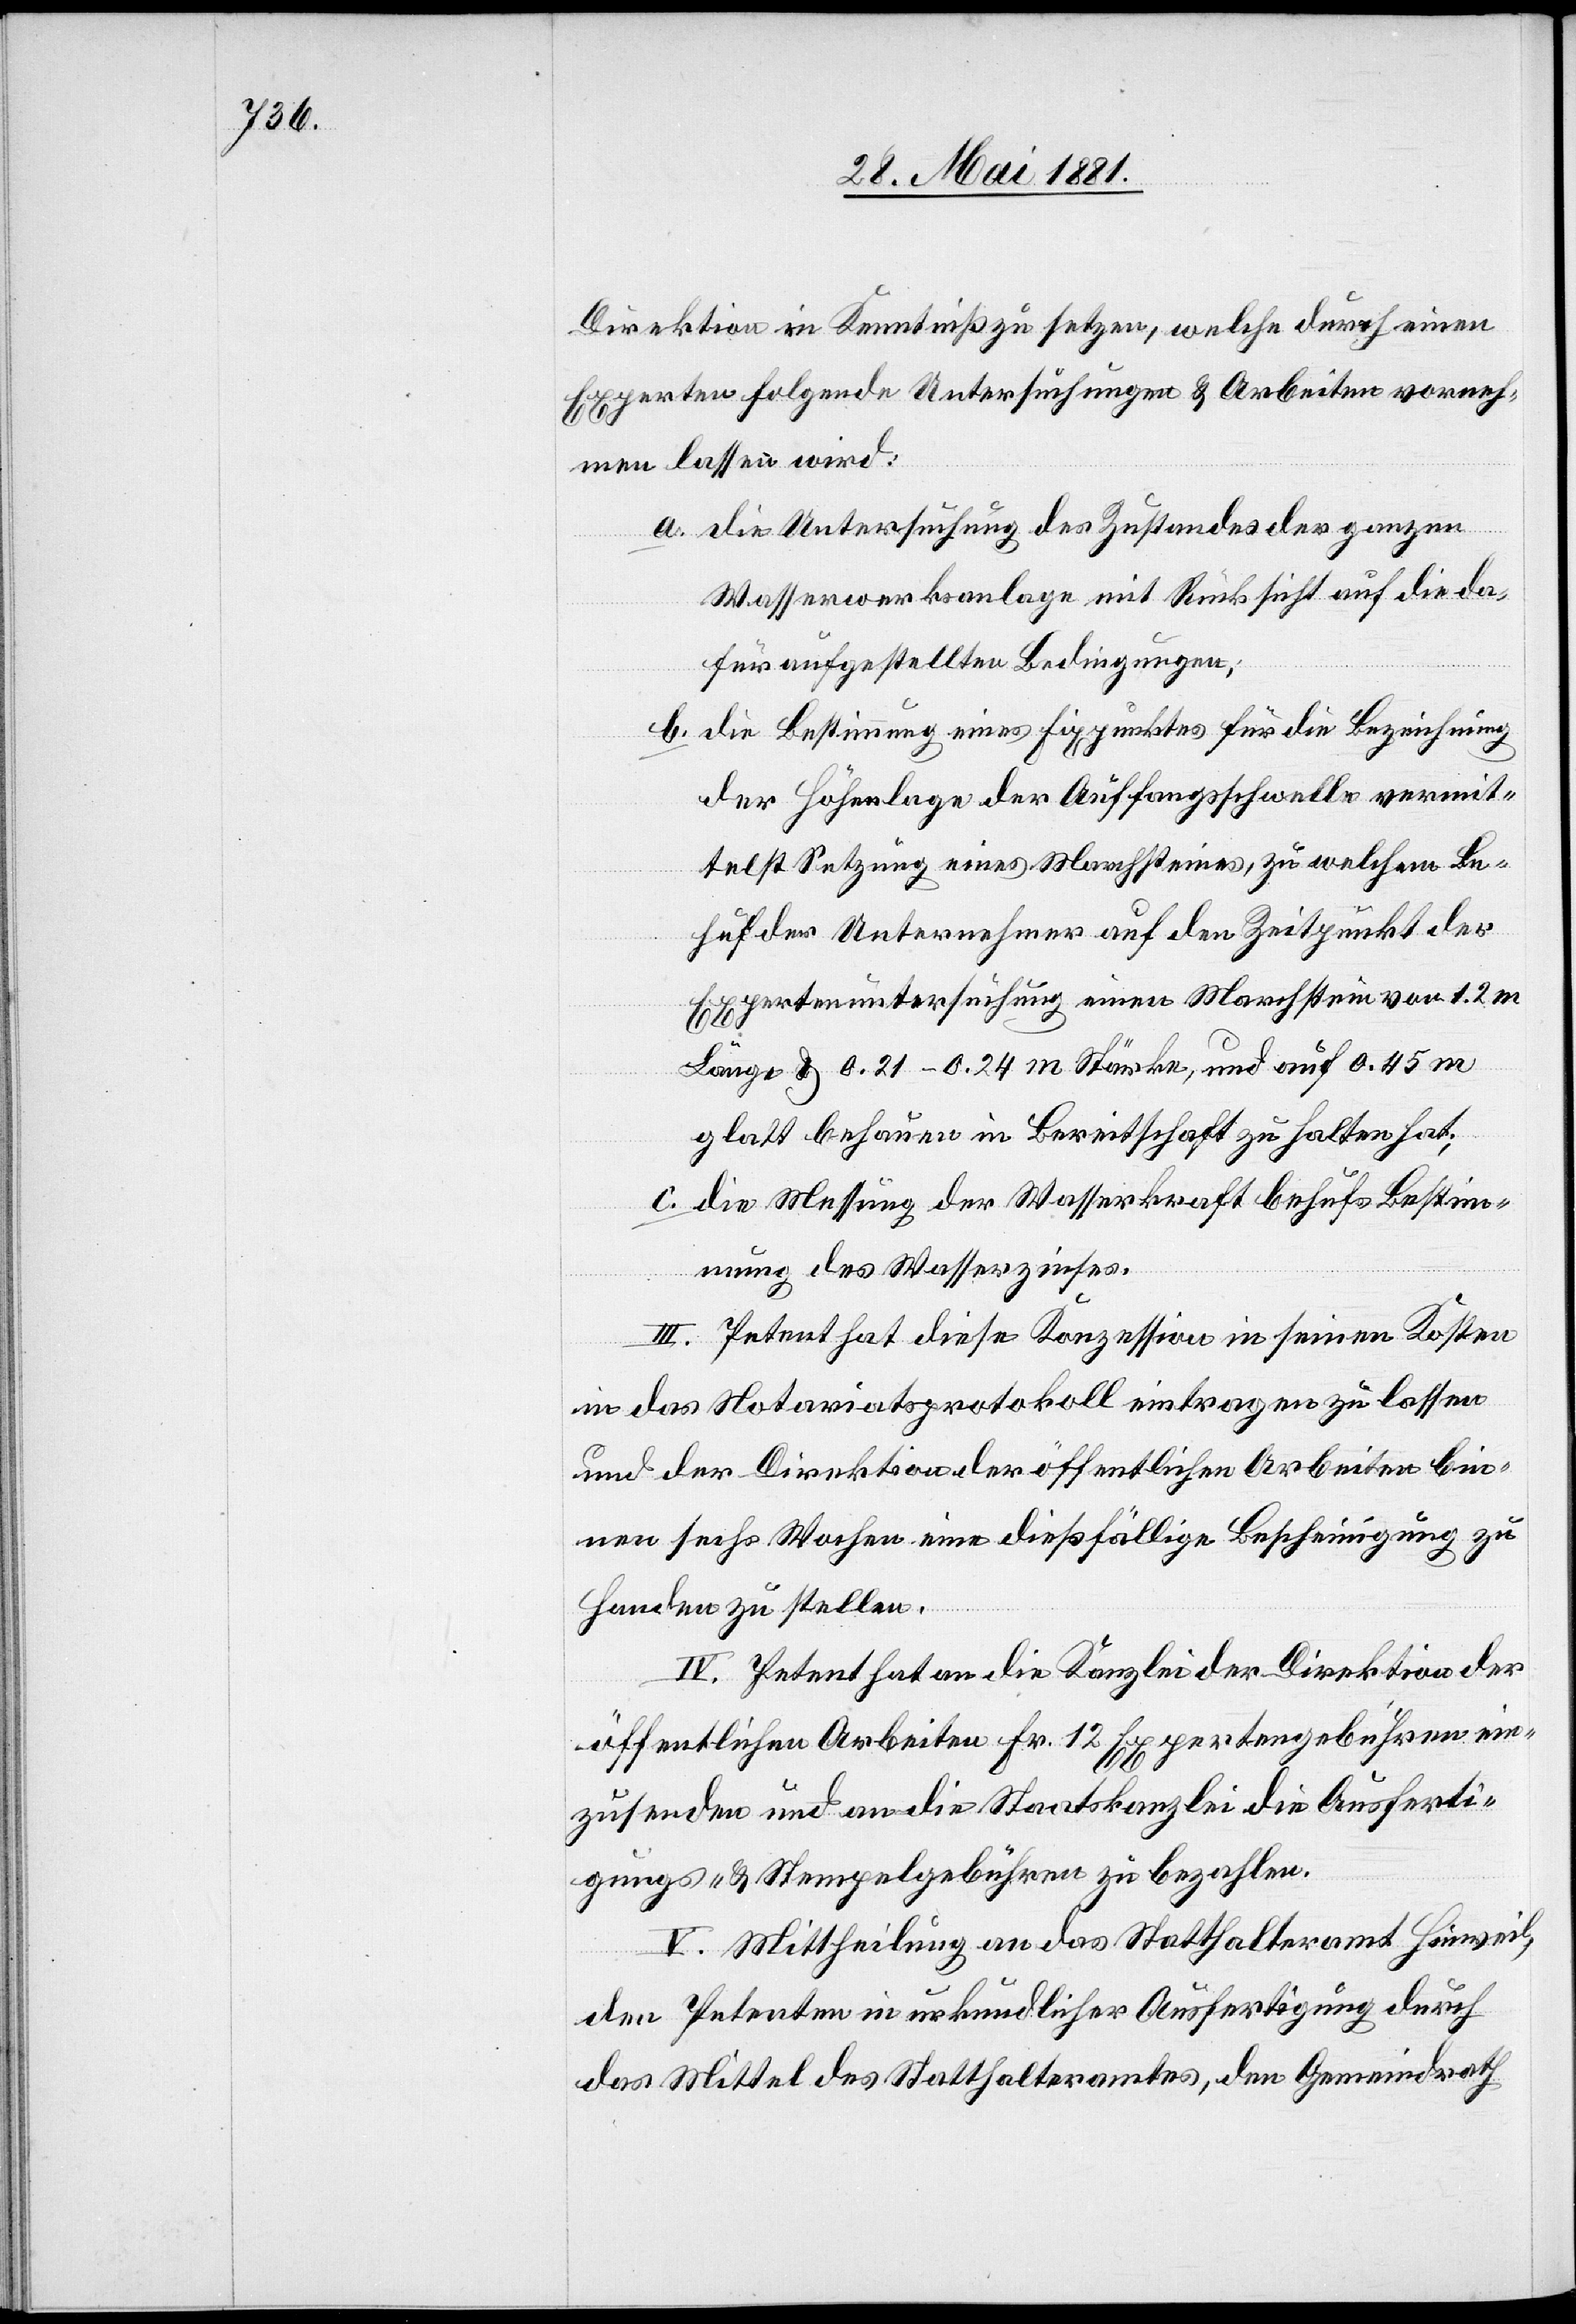
Direktion in Kenntniß zu setzen, welche durch einen
Experten folgende Untersuchungen & Arbeiten vorneh¬
men lassen wird:
a. die Untersuchung des Zustandes der ganzen
Wasserwerksanlage mit Rücksicht auf die da¬
für aufgestellten Bedingungen;
b. die Bestimmung eines Fixpunktes für die Bezeichnung
der Höhenlage der Auffangsschwelle vermit¬
telst Setzung eines Marchsteines, zu welchem Be¬
huf der Unternehmer auf den Zeitpunkt der
Expertenuntersuchung einen Marchstein von 1.2 m
Länge & 0.21–0.24 m Stärke, und auf 0.45 m
glatt behauen in Bereitschaft zu halten hat;
c. die Messung der Wasserkraft behufs Bestim¬
mung des Wasserzinses.
III. Petent hat diese Konzession in seinen Kosten
in das Notariatsprotokoll eintragen zu lassen
und der Direktion der öffentlichen Arbeiten bin¬
nen sechs Wochen eine dießfällige Bescheinigung zu
Handen zu stellen.
IV. Petent hat an die Kanzlei der Direktion der
öffentlichen Arbeiten Fr. 12 Expertengebühren ein¬
zusenden und an die Staatskanzlei die Ausferti¬
gungs- & Stempelgebühren zu bezahlen.
V. Mittheilung an das Statthalteramt Hinweil,
den Petenten in urkundlicher Ausfertigung durch
das Mittel des Statthalteramtes, den Gemeindrath